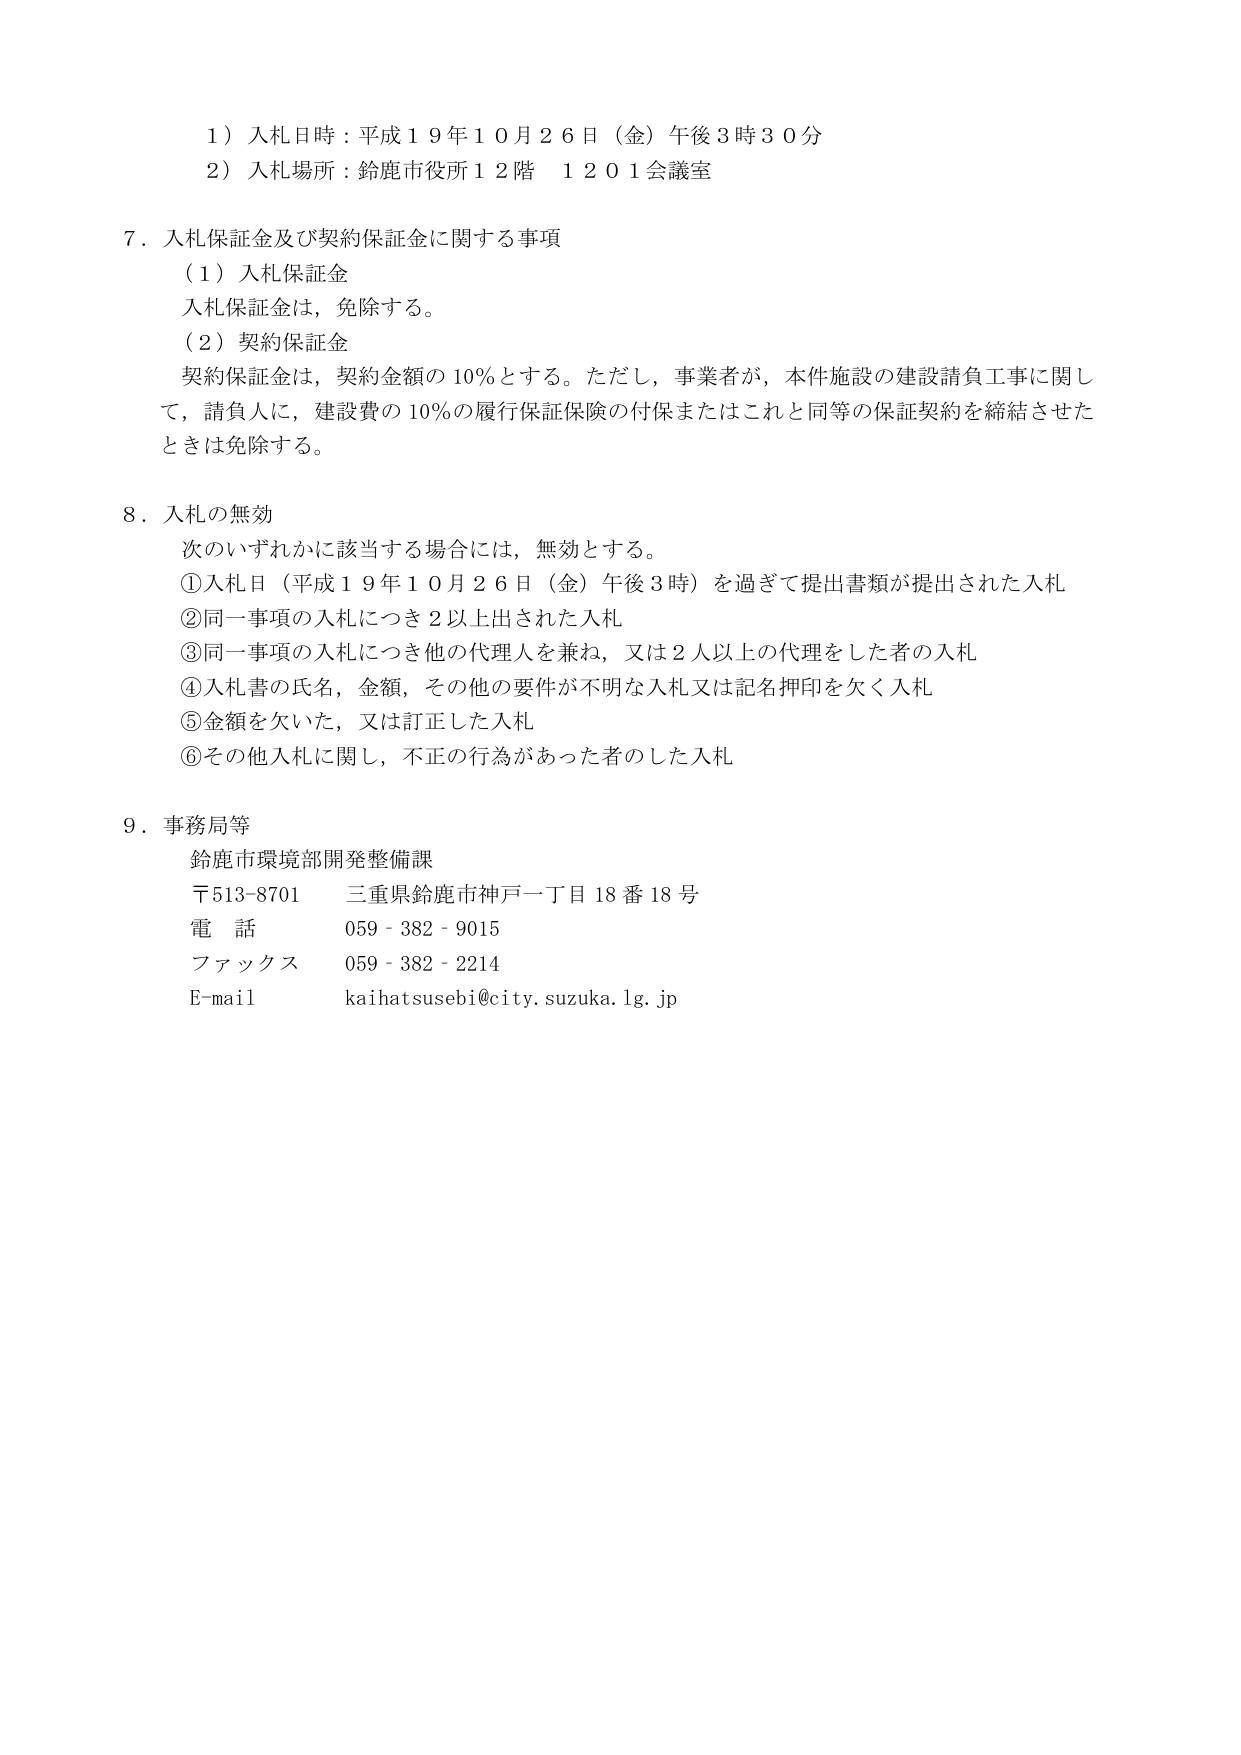
１）入札日時：平成１９年１０月２６日（金）午後３時３０分
２）入札場所：鈴鹿市役所１２階　１２０１会議室

７．入札保証金及び契約保証金に関する事項
　（１）入札保証金
　　入札保証金は、免除する。
　（２）契約保証金
　　契約保証金は、契約金額の10％とする。ただし、事業者が、本件施設の建設請負工事に関して、請負人に、建設費の10％の履行保証保険の付保またはこれと同等の保証契約を締結させたときは免除する。

８．入札の無効
　次のいずれかに該当する場合には、無効とする。
　①入札日（平成１９年１０月２６日（金）午後３時）を過ぎて提出書類が提出された入札
　②同一事項の入札につき２以上出された入札
　③同一事項の入札につき他の代理人を兼ね、又は２人以上の代理をした者の入札
　④入札書の氏名、金額、その他の要件が不明な入札又は記名押印を欠く入札
　⑤金額を欠いた、又は訂正した入札
　⑥その他入札に関し、不正の行為があった者のした入札

９．事務局等
　鈴鹿市環境部開発整備課
　〒513-8701　三重県鈴鹿市神戸一丁目18番18号
　電話　　059-382-9015
　ファックス　059-382-2214
　E-mail　kaihatsusebi@city.suzuka.lg.jp